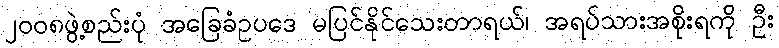
၂ဝဝ၈ဖွဲ့စည်းပုံ အခြေခံဥပဒေ မပြင်နိုင်သေးတာရယ်၊ အရပ်သားအစိုးရကို ဦး